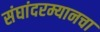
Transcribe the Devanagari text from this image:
संघांदरम्यानचा